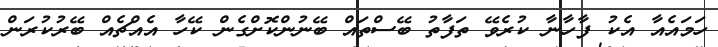
ހަމައެއާ އެކު ފާހާނާ ކުރެވޭ ތަފާތު ބޭސްތައް ބޭނުންކޮށްގެން ކޭހާ އެއްޗެއް ބޭރުކުރަން